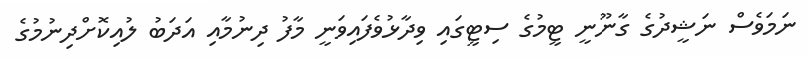
ނަމަވެސް ނަޝީދުގެ ގާނޫނީ ޓީމުގެ ސިޓީގައި ވިދާޅުވެފައިވަނީ މާފު ދިނުމާއި އަދަބު ލުއިކޮށްދިނުމުގެ